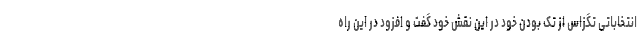
انتخاباتی تگزاس از تک بودن خود در این نقش خود گفت و افزود در این راه